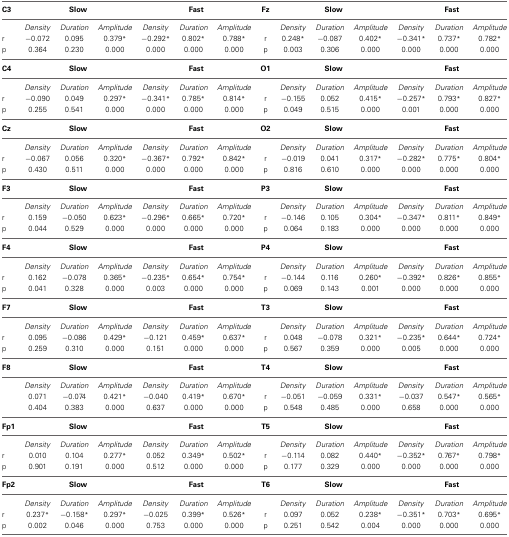
<table><thead><tr><td><b>C3</b></td><td colspan="3"><b>Slow</b></td><td colspan="3"><b>Fast</b></td><td><b>Fz</b></td><td colspan="3"><b>Slow</b></td><td colspan="3"><b>Fast</b></td></tr></thead><tbody><tr><td></td><td><i>Density</i></td><td><i>Duration</i></td><td><i>Amplitude</i></td><td><i>Density</i></td><td><i>Duration</i></td><td><i>Amplitude</i></td><td></td><td><i>Density</i></td><td><i>Duration</i></td><td><i>Amplitude</i></td><td><i>Density</i></td><td><i>Duration</i></td><td><i>Amplitude</i></td></tr><tr><td>r</td><td>−0.072</td><td>0.095</td><td>0.379<sup>*</sup></td><td>−0.292<sup>*</sup></td><td>0.802<sup>*</sup></td><td>0.788<sup>*</sup></td><td>r</td><td>0.248<sup>*</sup></td><td>−0.087</td><td>0.402<sup>*</sup></td><td>−0.341<sup>*</sup></td><td>0.737<sup>*</sup></td><td>0.782<sup>*</sup></td></tr><tr><td>p</td><td>0.364</td><td>0.230</td><td>0.000</td><td>0.000</td><td>0.000</td><td>0.000</td><td>p</td><td>0.003</td><td>0.306</td><td>0.000</td><td>0.000</td><td>0.000</td><td>0.000</td></tr><tr><td><b>C4</b></td><td colspan="3"><b>Slow</b></td><td colspan="3"><b>Fast</b></td><td><b>O1</b></td><td colspan="3"><b>Slow</b></td><td colspan="3"><b>Fast</b></td></tr><tr><td></td><td><i>Density</i></td><td><i>Duration</i></td><td><i>Amplitude</i></td><td><i>Density</i></td><td><i>Duration</i></td><td><i>Amplitude</i></td><td></td><td><i>Density</i></td><td><i>Duration</i></td><td><i>Amplitude</i></td><td><i>Density</i></td><td><i>Duration</i></td><td><i>Amplitude</i></td></tr><tr><td>r</td><td>−0.090</td><td>0.049</td><td>0.297<sup>*</sup></td><td>−0.341<sup>*</sup></td><td>0.785<sup>*</sup></td><td>0.814<sup>*</sup></td><td>r</td><td>−0.155</td><td>0.052</td><td>0.415<sup>*</sup></td><td>−0.257<sup>*</sup></td><td>0.793<sup>*</sup></td><td>0.827<sup>*</sup></td></tr><tr><td>p</td><td>0.255</td><td>0.541</td><td>0.000</td><td>0.000</td><td>0.000</td><td>0.000</td><td>p</td><td>0.049</td><td>0.515</td><td>0.000</td><td>0.001</td><td>0.000</td><td>0.000</td></tr><tr><td><b>Cz</b></td><td colspan="3"><b>Slow</b></td><td colspan="3"><b>Fast</b></td><td><b>O2</b></td><td colspan="3"><b>Slow</b></td><td colspan="3"><b>Fast</b></td></tr><tr><td></td><td><i>Density</i></td><td><i>Duration</i></td><td><i>Amplitude</i></td><td><i>Density</i></td><td><i>Duration</i></td><td><i>Amplitude</i></td><td></td><td><i>Density</i></td><td><i>Duration</i></td><td><i>Amplitude</i></td><td><i>Density</i></td><td><i>Duration</i></td><td><i>Amplitude</i></td></tr><tr><td>r</td><td>−0.067</td><td>0.056</td><td>0.320<sup>*</sup></td><td>−0.367<sup>*</sup></td><td>0.792<sup>*</sup></td><td>0.842<sup>*</sup></td><td>r</td><td>−0.019</td><td>0.041</td><td>0.317<sup>*</sup></td><td>−0.282<sup>*</sup></td><td>0.775<sup>*</sup></td><td>0.804<sup>*</sup></td></tr><tr><td>p</td><td>0.430</td><td>0.511</td><td>0.000</td><td>0.000</td><td>0.000</td><td>0.000</td><td>p</td><td>0.816</td><td>0.610</td><td>0.000</td><td>0.000</td><td>0.000</td><td>0.000</td></tr><tr><td><b>F3</b></td><td colspan="3"><b>Slow</b></td><td colspan="3"><b>Fast</b></td><td><b>P3</b></td><td colspan="3"><b>Slow</b></td><td colspan="3"><b>Fast</b></td></tr><tr><td></td><td><i>Density</i></td><td><i>Duration</i></td><td><i>Amplitude</i></td><td><i>Density</i></td><td><i>Duration</i></td><td><i>Amplitude</i></td><td></td><td><i>Density</i></td><td><i>Duration</i></td><td><i>Amplitude</i></td><td><i>Density</i></td><td><i>Duration</i></td><td><i>Amplitude</i></td></tr><tr><td>r</td><td>0.159</td><td>−0.050</td><td>0.623<sup>*</sup></td><td>−0.296<sup>*</sup></td><td>0.665<sup>*</sup></td><td>0.720<sup>*</sup></td><td>r</td><td>−0.146</td><td>0.105</td><td>0.304<sup>*</sup></td><td>−0.347<sup>*</sup></td><td>0.811<sup>*</sup></td><td>0.849<sup>*</sup></td></tr><tr><td>p</td><td>0.044</td><td>0.529</td><td>0.000</td><td>0.000</td><td>0.000</td><td>0.000</td><td>p</td><td>0.064</td><td>0.183</td><td>0.000</td><td>0.000</td><td>0.000</td><td>0.000</td></tr><tr><td><b>F4</b></td><td colspan="3"><b>Slow</b></td><td colspan="3"><b>Fast</b></td><td><b>P4</b></td><td colspan="3"><b>Slow</b></td><td colspan="3"><b>Fast</b></td></tr><tr><td></td><td><i>Density</i></td><td><i>Duration</i></td><td><i>Amplitude</i></td><td><i>Density</i></td><td><i>Duration</i></td><td><i>Amplitude</i></td><td></td><td><i>Density</i></td><td><i>Duration</i></td><td><i>Amplitude</i></td><td><i>Density</i></td><td><i>Duration</i></td><td><i>Amplitude</i></td></tr><tr><td>r</td><td>0.162</td><td>−0.078</td><td>0.365<sup>*</sup></td><td>−0.235<sup>*</sup></td><td>0.654<sup>*</sup></td><td>0.754<sup>*</sup></td><td>r</td><td>−0.144</td><td>0.116</td><td>0.260<sup>*</sup></td><td>−0.392<sup>*</sup></td><td>0.826<sup>*</sup></td><td>0.855<sup>*</sup></td></tr><tr><td>p</td><td>0.041</td><td>0.328</td><td>0.000</td><td>0.003</td><td>0.000</td><td>0.000</td><td>p</td><td>0.069</td><td>0.143</td><td>0.001</td><td>0.000</td><td>0.000</td><td>0.000</td></tr><tr><td><b>F7</b></td><td colspan="3"><b>Slow</b></td><td colspan="3"><b>Fast</b></td><td><b>T3</b></td><td colspan="3"><b>Slow</b></td><td colspan="3"><b>Fast</b></td></tr><tr><td></td><td><i>Density</i></td><td><i>Duration</i></td><td><i>Amplitude</i></td><td><i>Density</i></td><td><i>Duration</i></td><td><i>Amplitude</i></td><td></td><td><i>Density</i></td><td><i>Duration</i></td><td><i>Amplitude</i></td><td><i>Density</i></td><td><i>Duration</i></td><td><i>Amplitude</i></td></tr><tr><td>r</td><td>0.095</td><td>−0.086</td><td>0.429<sup>*</sup></td><td>−0.121</td><td>0.459<sup>*</sup></td><td>0.637<sup>*</sup></td><td>r</td><td>0.048</td><td>−0.078</td><td>0.321<sup>*</sup></td><td>−0.235<sup>*</sup></td><td>0.644<sup>*</sup></td><td>0.724<sup>*</sup></td></tr><tr><td>p</td><td>0.259</td><td>0.310</td><td>0.000</td><td>0.151</td><td>0.000</td><td>0.000</td><td>p</td><td>0.567</td><td>0.359</td><td>0.000</td><td>0.005</td><td>0.000</td><td>0.000</td></tr><tr><td><b>F8</b></td><td colspan="3"><b>Slow</b></td><td colspan="3"><b>Fast</b></td><td><b>T4</b></td><td colspan="3"><b>Slow</b></td><td colspan="3"><b>Fast</b></td></tr><tr><td></td><td><i>Density</i></td><td><i>Duration</i></td><td><i>Amplitude</i></td><td><i>Density</i></td><td><i>Duration</i></td><td><i>Amplitude</i></td><td></td><td><i>Density</i></td><td><i>Duration</i></td><td><i>Amplitude</i></td><td><i>Density</i></td><td><i>Duration</i></td><td><i>Amplitude</i></td></tr><tr><td></td><td>0.071</td><td>−0.074</td><td>0.421<sup>*</sup></td><td>−0.040</td><td>0.419<sup>*</sup></td><td>0.670<sup>*</sup></td><td>r</td><td>−0.051</td><td>−0.059</td><td>0.331<sup>*</sup></td><td>−0.037</td><td>0.547<sup>*</sup></td><td>0.565<sup>*</sup></td></tr><tr><td></td><td>0.404</td><td>0.383</td><td>0.000</td><td>0.637</td><td>0.000</td><td>0.000</td><td>p</td><td>0.548</td><td>0.485</td><td>0.000</td><td>0.658</td><td>0.000</td><td>0.000</td></tr><tr><td><b>Fp1</b></td><td colspan="3"><b>Slow</b></td><td colspan="3"><b>Fast</b></td><td><b>T5</b></td><td colspan="3"><b>Slow</b></td><td colspan="3"><b>Fast</b></td></tr><tr><td></td><td><i>Density</i></td><td><i>Duration</i></td><td><i>Amplitude</i></td><td><i>Density</i></td><td><i>Duration</i></td><td><i>Amplitude</i></td><td></td><td><i>Density</i></td><td><i>Duration</i></td><td><i>Amplitude</i></td><td><i>Density</i></td><td><i>Duration</i></td><td><i>Amplitude</i></td></tr><tr><td>r</td><td>0.010</td><td>0.104</td><td>0.277<sup>*</sup></td><td>0.052</td><td>0.349<sup>*</sup></td><td>0.502<sup>*</sup></td><td>r</td><td>−0.114</td><td>0.082</td><td>0.440<sup>*</sup></td><td>−0.352<sup>*</sup></td><td>0.767<sup>*</sup></td><td>0.798<sup>*</sup></td></tr><tr><td>p</td><td>0.901</td><td>0.191</td><td>0.000</td><td>0.512</td><td>0.000</td><td>0.000</td><td>p</td><td>0.177</td><td>0.329</td><td>0.000</td><td>0.000</td><td>0.000</td><td>0.000</td></tr><tr><td><b>Fp2</b></td><td colspan="3"><b>Slow</b></td><td colspan="3"><b>Fast</b></td><td><b>T6</b></td><td colspan="3"><b>Slow</b></td><td colspan="3"><b>Fast</b></td></tr><tr><td></td><td><i>Density</i></td><td><i>Duration</i></td><td><i>Amplitude</i></td><td><i>Density</i></td><td><i>Duration</i></td><td><i>Amplitude</i></td><td></td><td><i>Density</i></td><td><i>Duration</i></td><td><i>Amplitude</i></td><td><i>Density</i></td><td><i>Duration</i></td><td><i>Amplitude</i></td></tr><tr><td>r</td><td>0.237<sup>*</sup></td><td>−0.158<sup>*</sup></td><td>0.297<sup>*</sup></td><td>−0.025</td><td>0.399<sup>*</sup></td><td>0.526<sup>*</sup></td><td>r</td><td>0.097</td><td>0.052</td><td>0.238<sup>*</sup></td><td>−0.351<sup>*</sup></td><td>0.703<sup>*</sup></td><td>0.695<sup>*</sup></td></tr><tr><td>p</td><td>0.002</td><td>0.046</td><td>0.000</td><td>0.753</td><td>0.000</td><td>0.000</td><td>p</td><td>0.251</td><td>0.542</td><td>0.004</td><td>0.000</td><td>0.000</td><td>0.000</td></tr></tbody></table>